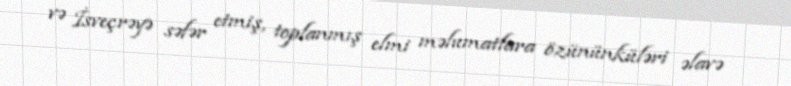
və İsveçrəyə səfər etmiş, toplanmış elmi məlumatlara özününküləri əlavə